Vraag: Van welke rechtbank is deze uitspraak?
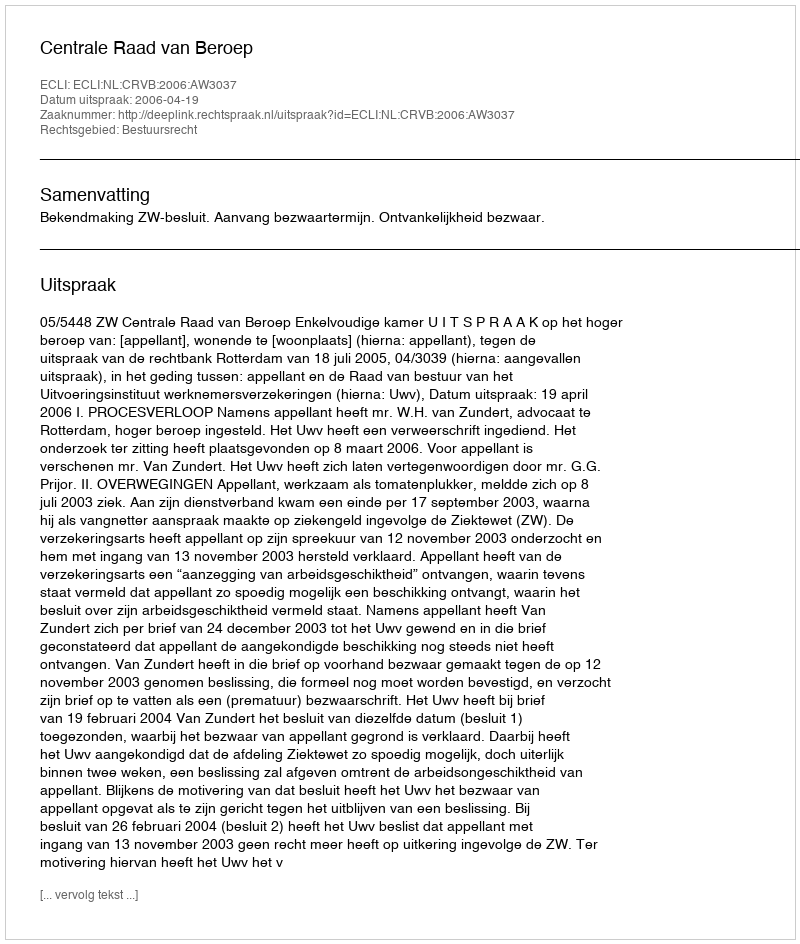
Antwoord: Centrale Raad van Beroep